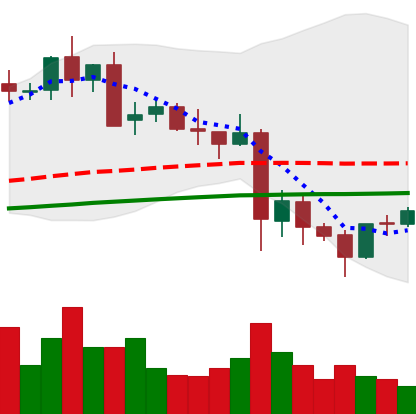
Ticker: LTC-USD
Chart end date: 2021-05-26
Forward return: -5.617%
Label: down_5_7